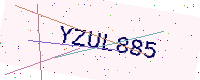
Text: YZUL885